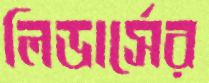
লিডার্সের